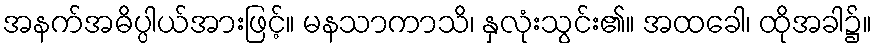
အနက်အဓိပ္ပါယ်အားဖြင့်။ မနသာကာသိ၊ နှလုံးသွင်း၏။ အထခေါ၊ ထိုအခါ၌။